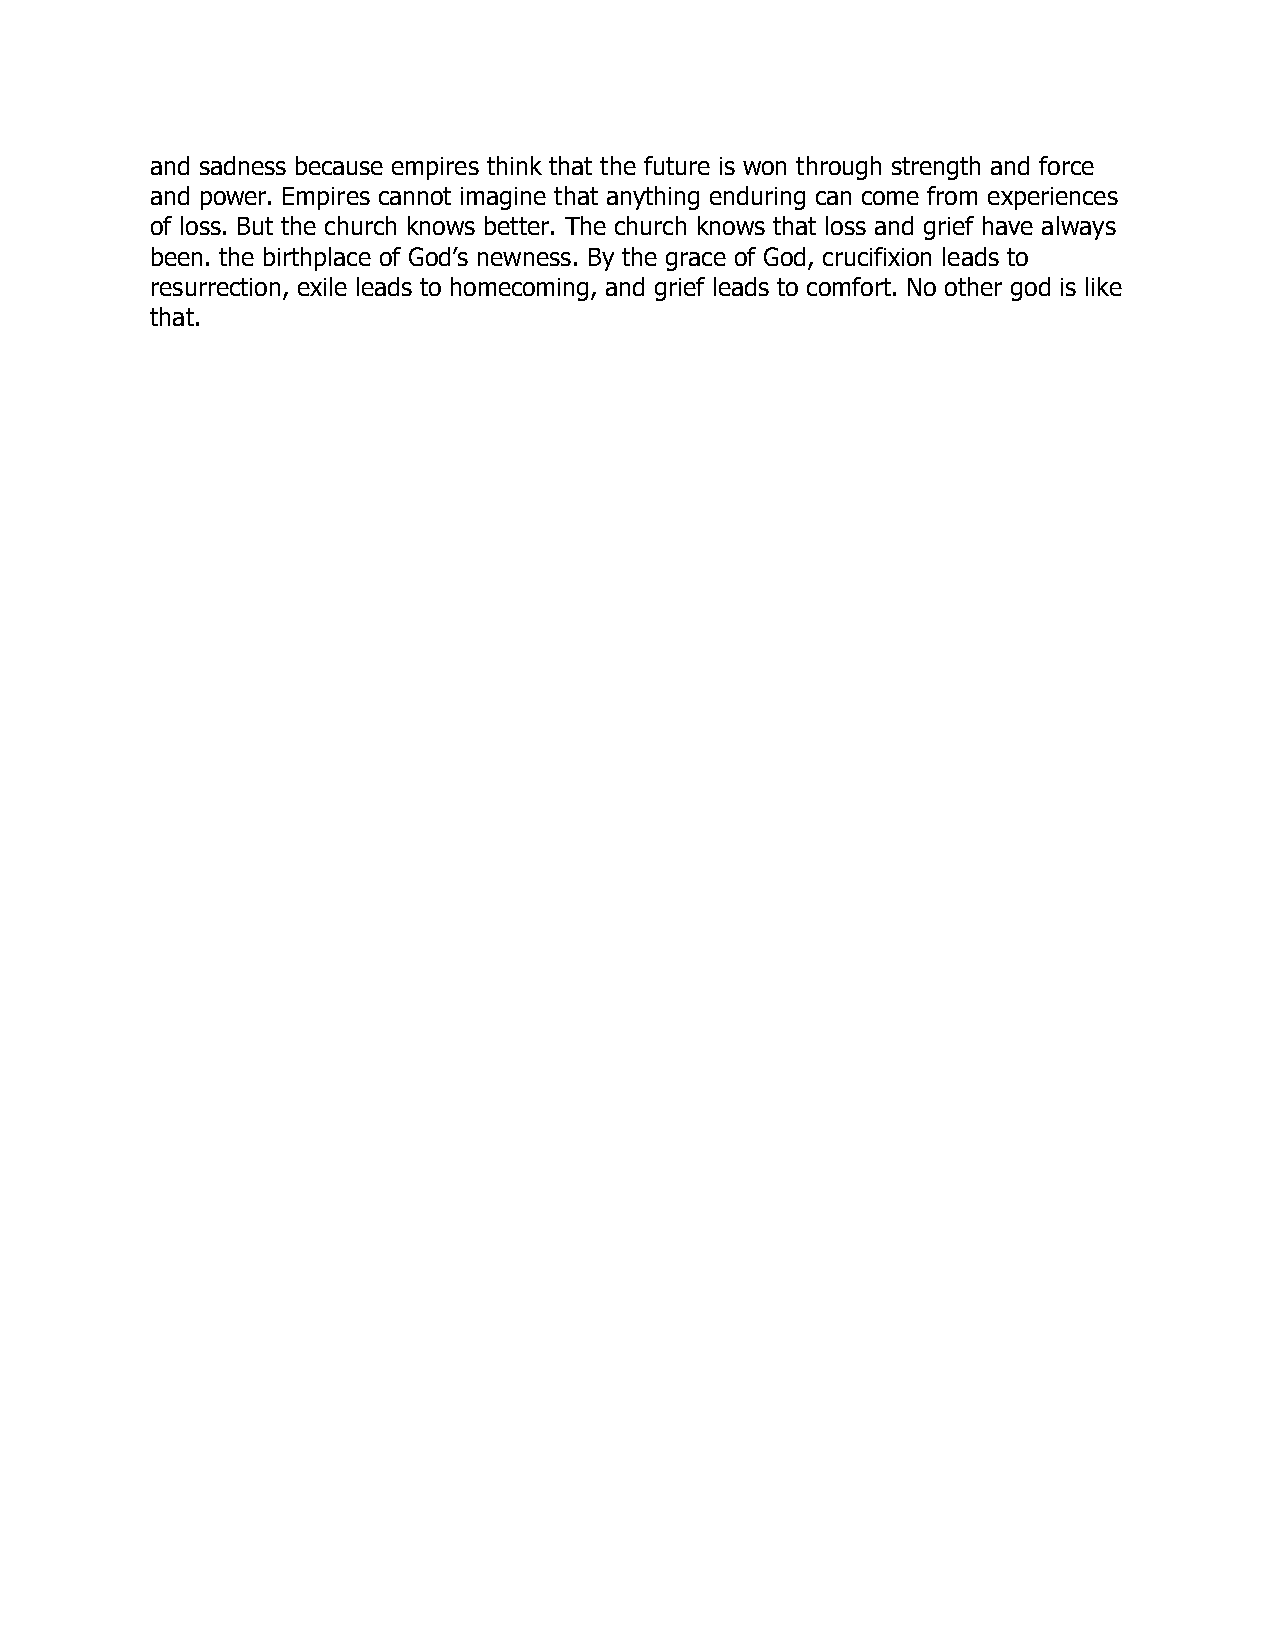
and sadness because empires think that the future is won through strength and force
 and power. Empires cannot imagine that anything enduring can come from experiences
 of loss. But the church knows better. The church knows that loss and grief have always
 been. the birthplace of God’s newness. By the grace of God, crucifixion leads to
 resurrection, exile leads to homecoming, and grief leads to comfort. No other god is like
 that.